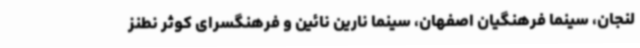
لنجان، سینما فرهنگیان اصفهان، سینما نارین نائین و فرهنگسرای کوثر نطنز